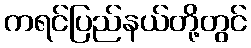
ကရင်ပြည်နယ်တို့တွင်